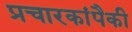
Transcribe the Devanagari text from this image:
प्रचारकांपैकी